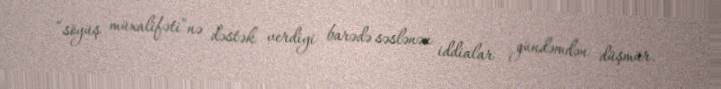
“söyüş müxalifəti”nə dəstək verdiyi barədə səslənən iddialar gündəmdən düşmür.